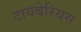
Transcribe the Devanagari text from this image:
टायबेरियस